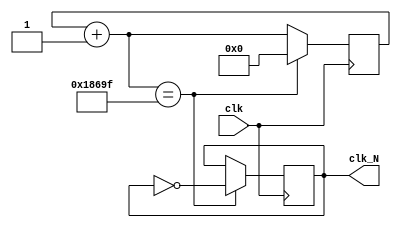
`timescale 1ns / 1ps
//////////////////////////////////////////////////////////////////////////////////
// Company: 
// Engineer: 
// 
// Design Name: 
// Module Name: divider
// Project Name: 
// Target Devices: 
// Tool Versions: 
// Description: 
// 
// Dependencies: 
// 
// Revision:
// Revision 0.01 - File Created
// Additional Comments:
// 
//////////////////////////////////////////////////////////////////////////////////

//
module divider(clk, clk_N);
    input clk;
    output reg clk_N;
    parameter N=200_000;
    reg [31:0] counter;
    //clkN/2-1clk_N
    always @ (posedge clk) begin
    counter=counter+1;
    if(counter==N/2-1)
      begin
      clk_N =~clk_N;
      counter<=0;
       end
    end
endmodule